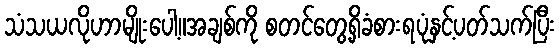
သံသယလိုဟာမျိုးပေါ့။အချစ်ကို စတင်တွေ့ရှိခံစားရပုံနှင့်ပတ်သက်ပြီး